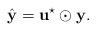
LaTeX: \begin{align*}\hat{\mathbf{y}} = \mathbf{u}^{\star}\odot\mathbf{y}.\end{align*}